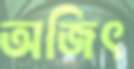
অজিৎ